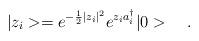
LaTeX: \begin{align*}|z_i>=e^{-\frac{1}{2}|z_i|^2}e^{z_ia_i^\dagger}|0>\ \ \ .\end{align*}